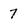
Character: 7